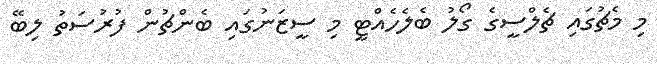
މި މެޗުގައި ޗެލްސީގެ ގޯލު ބެލެހެއްޓީ މި ސީޒަނުގައި ބެންޗުން ފުރުސަތު ލިބޭ